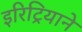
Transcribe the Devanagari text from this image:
इरिट्रियाने